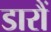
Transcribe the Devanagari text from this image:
डारौं